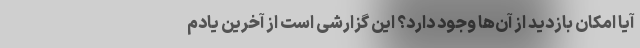
آیا امکان بازدید از آن‌ها وجود دارد؟ این گزارشی است از آخرین یادم